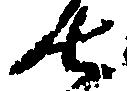
七